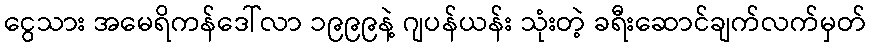
ငွေသား အမေရိကန်ဒေါ်လာ ၁၉၉၉နဲ့ ဂျပန်ယန်း သုံးတဲ့ ခရီးဆောင်ချက်လက်မှတ်